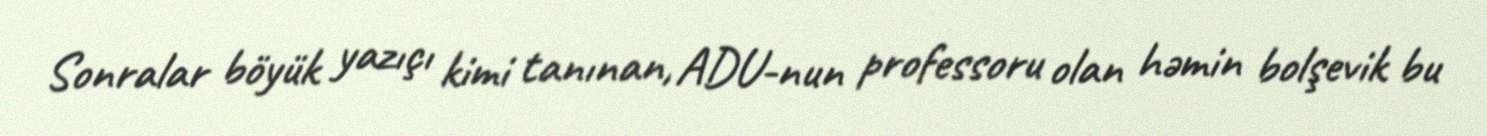
Sonralar böyük yazıçı kimi tanınan, ADU-nun professoru olan həmin bolşevik bu